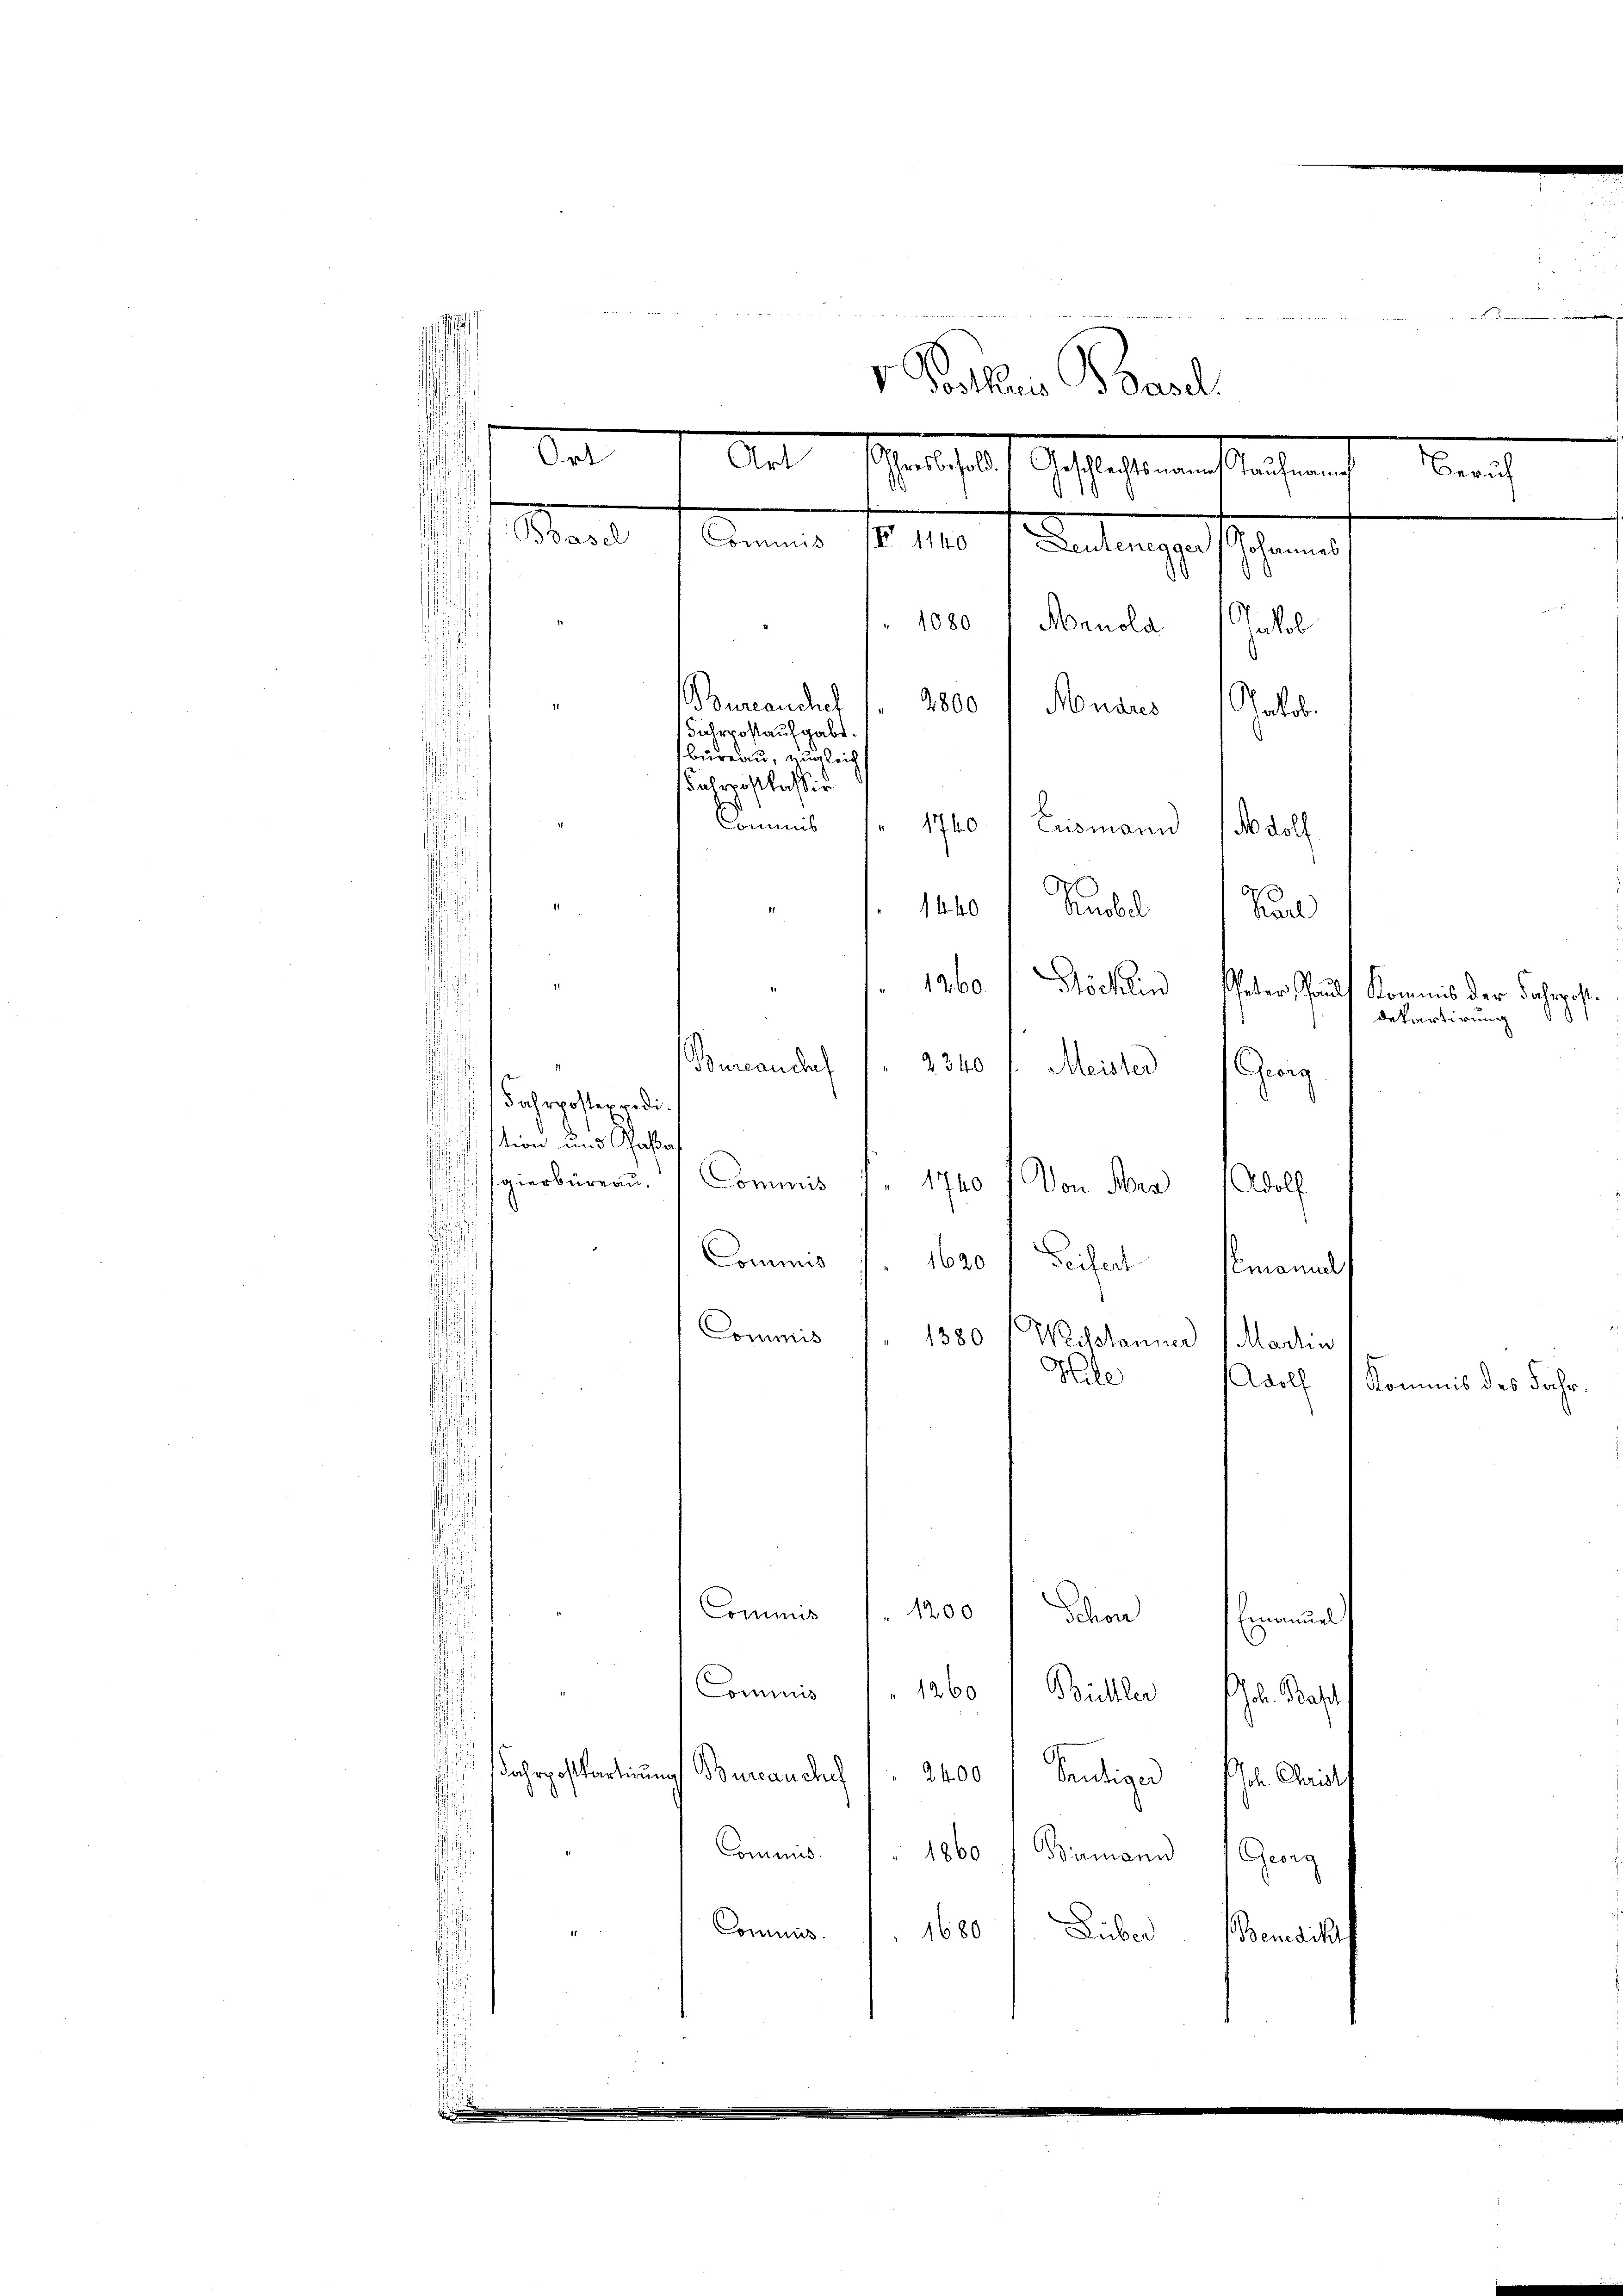
e

e
 ..........
e
v. Paris Basel
s
S. I Art. Schadloshaft Gestaltenen Kaisenach Zürich
Mant
Mienen fr. 1290 f. Antrages fehlenen
i
1
d
1080 Manola (Jakob
Bercandurch
n
2800
Mudres
alobe
Fahrpostaufgabe.
bureau zugleich
Fahrpostkassir
¬
Commis
1740
Erismann
No doll
1840 Kubel Hun
.
1960 Köchlin Peter Paul
Kommis der Fahrpo
d
departirung
2340
ocanda
Meister
Gag

¬
¬

Fahrposter redi¬
¬
sition und Cassa
¬
gierbüreau. Commis
d
1740
dol
Von Her
Commis J. 1620 f Seifert Emanuel
Commis
1380
Weisshanner Martin
Hile
1200
Commis
Schon Einmal
Commis 1260 / Büchler Joh. Bast
Fahrpostkartirung
Bureauchs / 2400 f heutiger Joh. Christ
Commis 1860 / Birmann 1 Georg
Commis
1680 Düber
Benedikt

Wdolf Kommis des Jahr